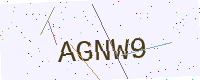
Text: AGNW9